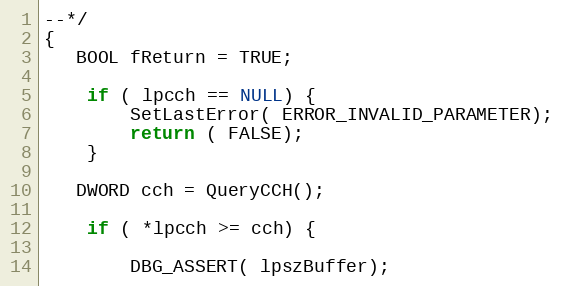
Language: C++
--*/
{
   BOOL fReturn = TRUE;

    if ( lpcch == NULL) {
        SetLastError( ERROR_INVALID_PARAMETER);
        return ( FALSE);
    }

   DWORD cch = QueryCCH();

    if ( *lpcch >= cch) {

        DBG_ASSERT( lpszBuffer);